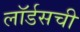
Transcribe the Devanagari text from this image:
लॉर्डसची